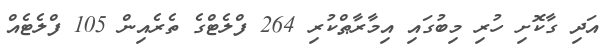
އަދި ގާކޮށި ހުރި މިބުގައި އިމާރާޠްކުރި 264 ފްލެޓްގެ ތެރެއިން 105 ފްލެޓެއް